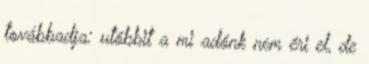
továbbadja: utóbbit a mi adónk nem éri el, de